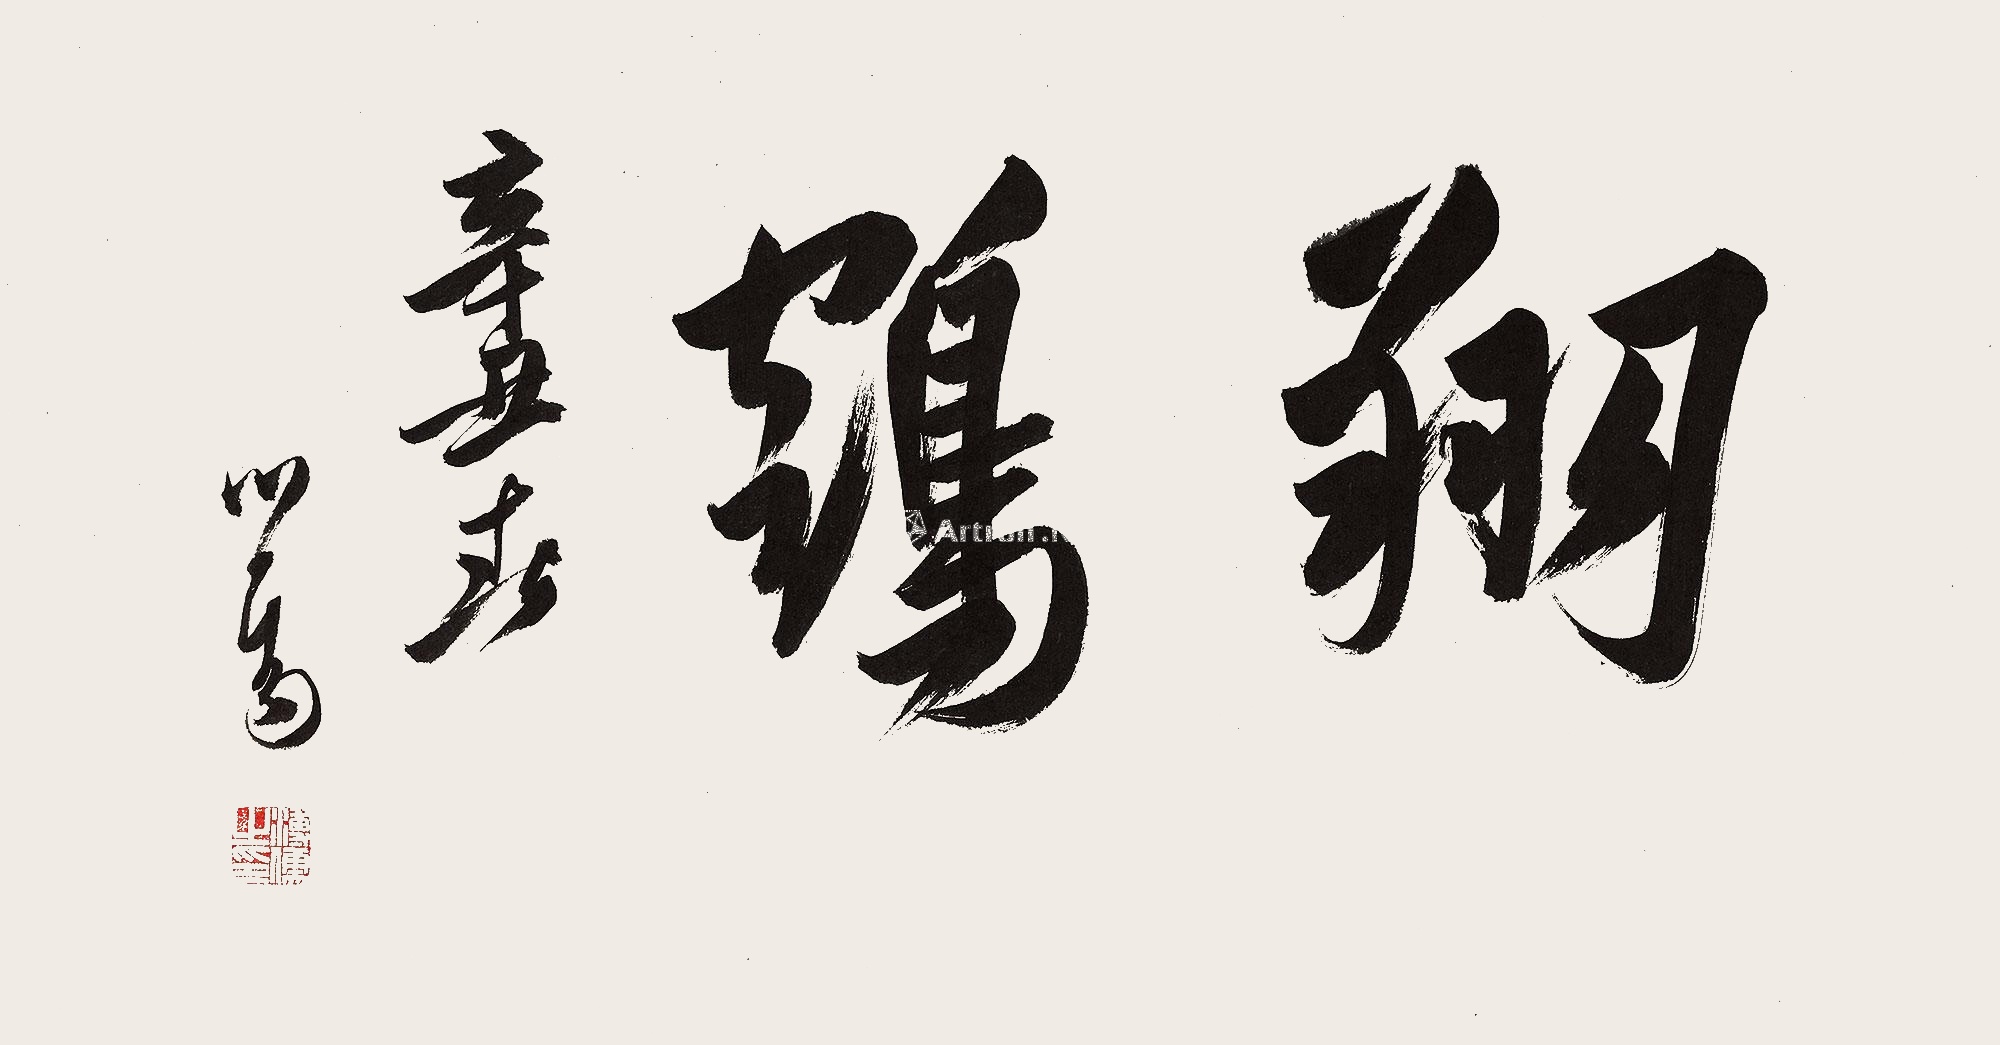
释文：翔鹤。辛丑春，心畬。